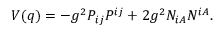
V ( q ) = - g ^ { 2 } P _ { i j } P ^ { i j } + 2 g ^ { 2 } N _ { i A } N ^ { i A } .